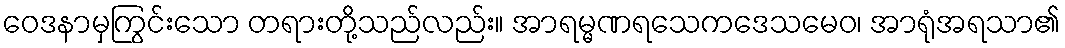
ဝေဒနာမှကြွင်းသော တရားတို့သည်လည်း။ အာရမ္မဏရသေကဒေသမေဝ၊ အာရုံအရသာ၏